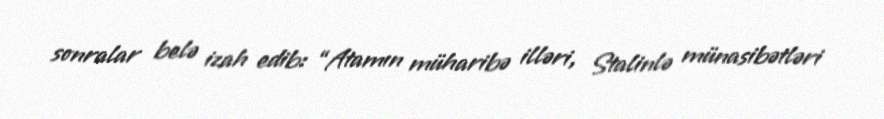
sonralar belə izah edib: “Atamın müharibə illəri, Stalinlə münasibətləri